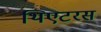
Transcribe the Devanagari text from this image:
थिएटरस